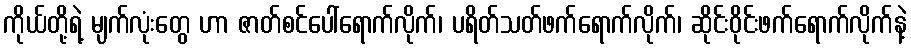
ကိုယ်တို့ရဲ့ မျက်လုံးတွေ ဟာ ဇာတ်စင်ပေါ်ရောက်လိုက်၊ ပရိတ်သတ်ဖက်ရောက်လိုက်၊ ဆိုင်းဝိုင်းဖက်ရောက်လိုက်နဲ့